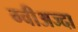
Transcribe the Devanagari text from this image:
ग्वीअज्दा